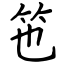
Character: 竾